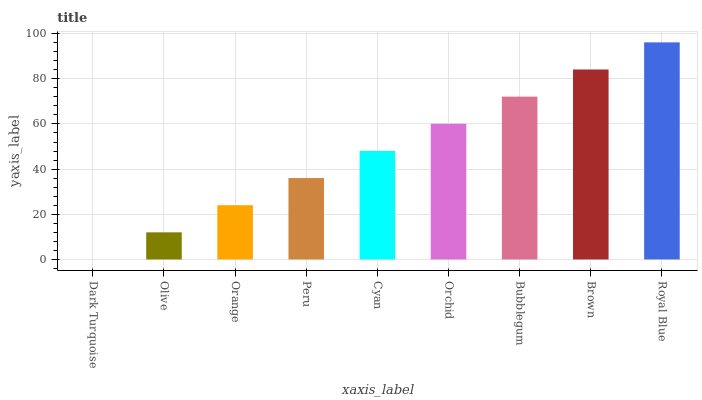
| xaxis_label | bars |
 | --- | --- |
 | Dark Turquoise | 0 |
 | Olive | 12 |
 | Orange | 24 |
 | Peru | 36 |
 | Cyan | 48.1 |
 | Orchid | 60.1 |
 | Bubblegum | 72.1 |
 | Brown | 84.1 |
 | Royal Blue | 96.1 |